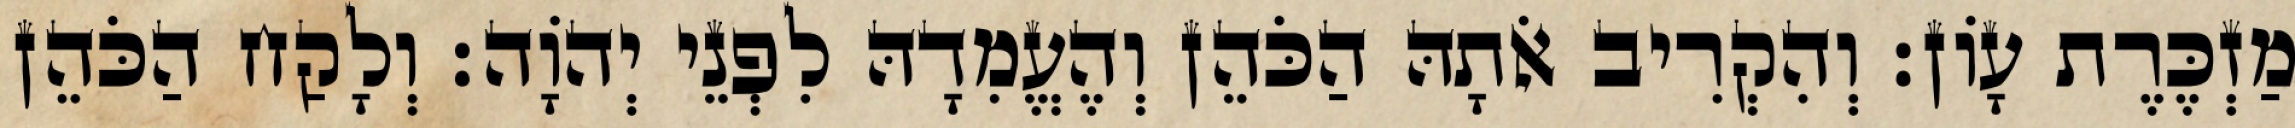
מַזְכֶּרֶת עָוֹן׃ וְהִקְרִיב אֹתָהּ הַכֹּהֵן וְהֶעֱמִדָהּ לִפְנֵי יְהוָֹה׃ וְלָקַח הַכֹּהֵן